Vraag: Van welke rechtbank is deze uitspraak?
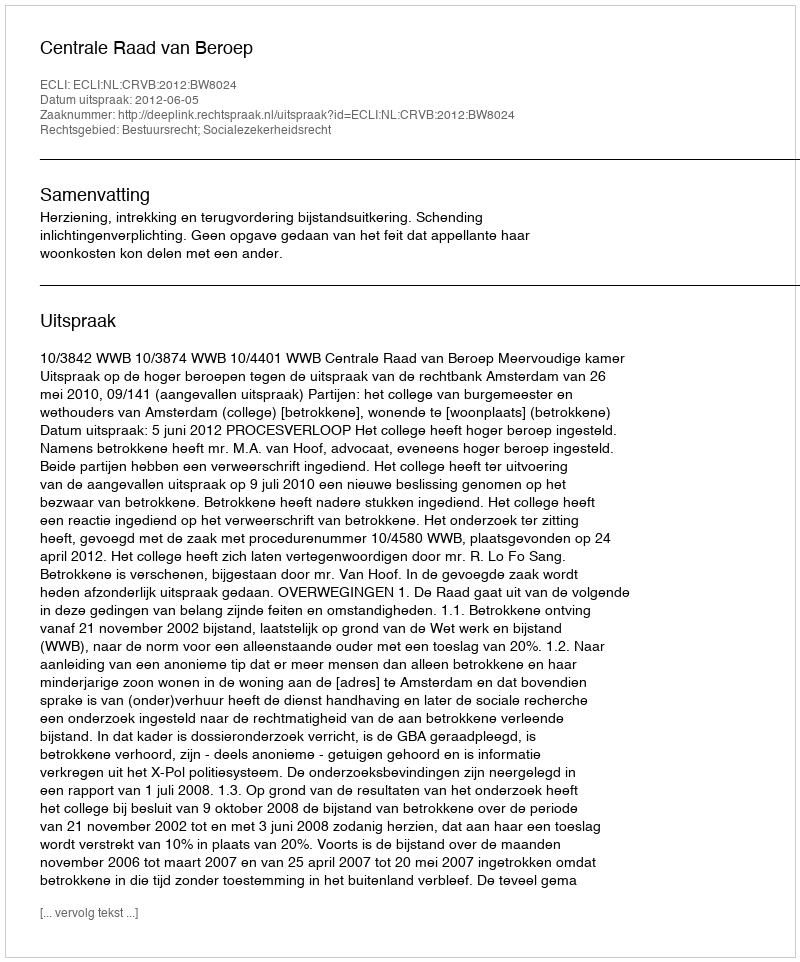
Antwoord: Centrale Raad van Beroep